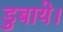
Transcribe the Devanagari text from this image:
डुबाये।